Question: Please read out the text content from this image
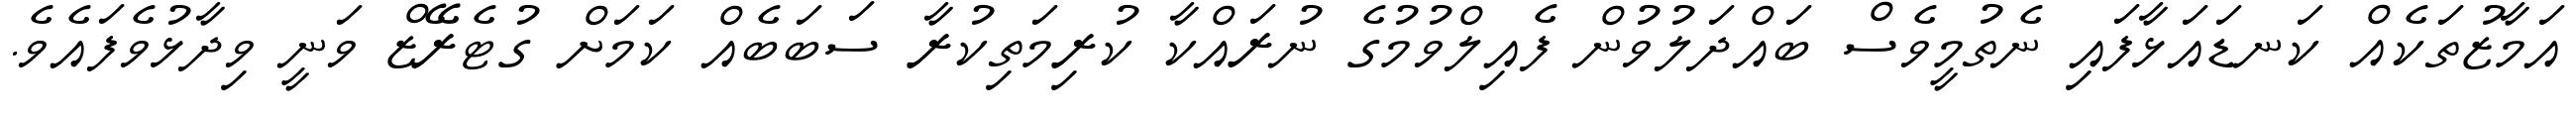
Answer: އަމާޒުތަކެއް ކަނޑައަޅާފައި ނެތުމީވެސް ބައްދަލުވުން ފެއިލްވުމުގެ ނުރައްކާ ކުރިމަތިކުރާ ސަބަބެއް ކަމަށް ގުޓެރޭޒް ވަނީ ވިދާޅުވެފައެވެ.